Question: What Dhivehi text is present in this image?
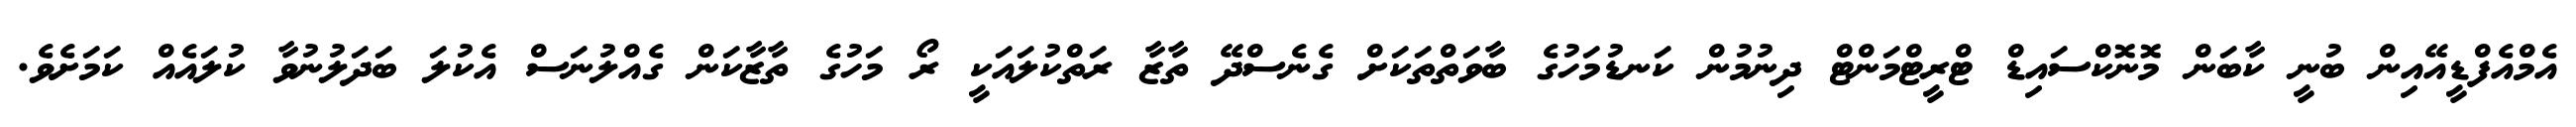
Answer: އެމްއެފްޑީއޭއިން ބުނީ ކާބަން މޮނޮކްސައިޑް ޓްރީޓްމަންޓް ދިނުމުން ކަނޑުމަހުގެ ބާވަތްތަކަށް ގެނެސްދޭ ތާޒާ ރަތްކުލައަކީ ރޯ މަހުގެ ތާޒާކަން ގެއްލުނަސް އެކުލަ ބަދަލުނުވާ ކުލައެއް ކަމަށެވެ.